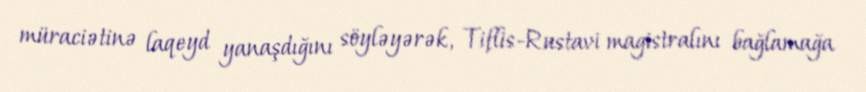
müraciətinə laqeyd yanaşdığını söyləyərək, Tiflis-Rustavi magistralını bağlamağa